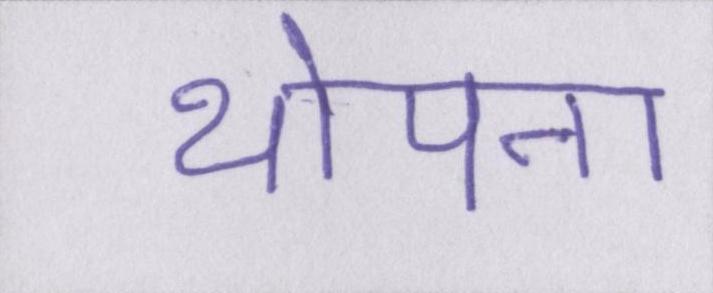
थोपना